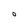
Character: O